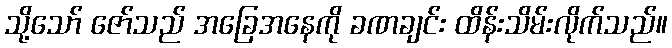
သို့သော် ဇော်သည် အခြေအနေကို ခဏချင်း ထိန်းသိမ်းလိုက်သည်။